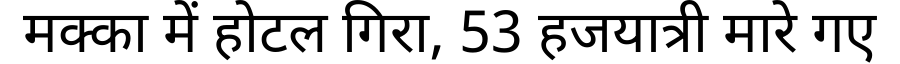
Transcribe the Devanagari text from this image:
मक्का में होटल गिरा, 53 हजयात्री मारे गए